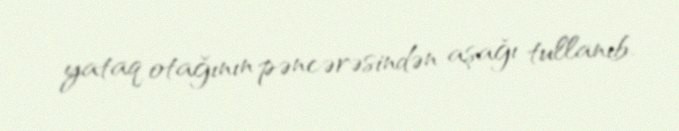
yataq otağının pəncərəsindən aşağı tullanıb.